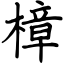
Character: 樟